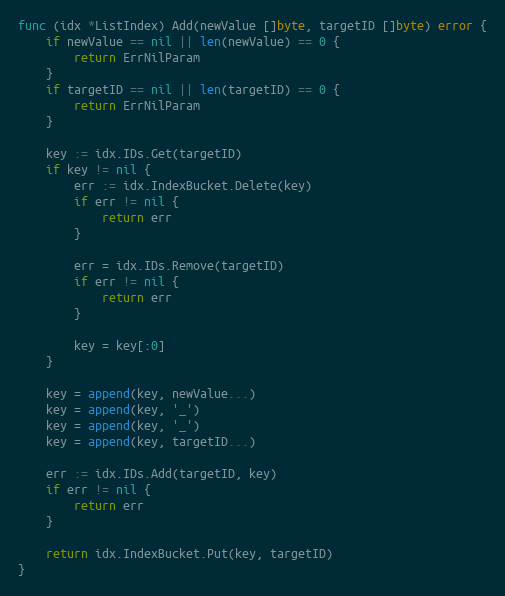
Language: Go
func (idx *ListIndex) Add(newValue []byte, targetID []byte) error {
	if newValue == nil || len(newValue) == 0 {
		return ErrNilParam
	}
	if targetID == nil || len(targetID) == 0 {
		return ErrNilParam
	}

	key := idx.IDs.Get(targetID)
	if key != nil {
		err := idx.IndexBucket.Delete(key)
		if err != nil {
			return err
		}

		err = idx.IDs.Remove(targetID)
		if err != nil {
			return err
		}

		key = key[:0]
	}

	key = append(key, newValue...)
	key = append(key, '_')
	key = append(key, '_')
	key = append(key, targetID...)

	err := idx.IDs.Add(targetID, key)
	if err != nil {
		return err
	}

	return idx.IndexBucket.Put(key, targetID)
}